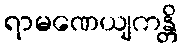
ရာမဏေယျကန္တိ